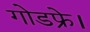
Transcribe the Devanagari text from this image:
गोडफ्रे।